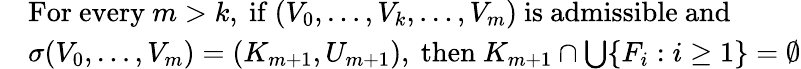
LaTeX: \begin{array}{rl}&{\mathrm{For~every~}m>k\mathrm{,~if~}(V_{0},\ldots,V_{k},\ldots,V_{m})\mathrm{~is~admissible~and~}}\\ &{\sigma(V_{0},\ldots,V_{m})=(K_{m+1},U_{m+1})\mathrm{,~then~}K_{m+1}\cap\bigcup\{ F_{i}:i\geq 1\} =\emptyset}\end{array}